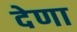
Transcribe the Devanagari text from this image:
देणा